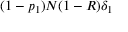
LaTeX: ( 1 - p _ { 1 } ) N ( 1 - R ) \delta _ { 1 }